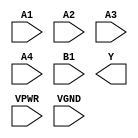
module sky130_fd_sc_hs__o41ai (
    //# {{data|Data Signals}}
    input  A1  ,
    input  A2  ,
    input  A3  ,
    input  A4  ,
    input  B1  ,
    output Y   ,

    //# {{power|Power}}
    input  VPWR,
    input  VGND
);
endmodule